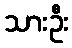
သားဦး